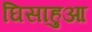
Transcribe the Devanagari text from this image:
घिसाहुआ